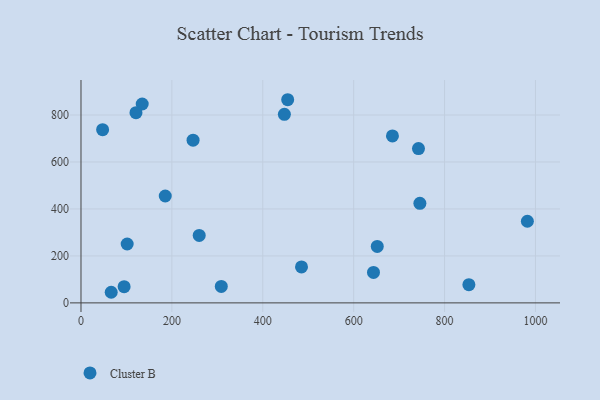
{"axis": {"x": "Ad Spend", "y": "Profit"}, "legend": ["Cluster B"], "data": [{"x": "742.6", "y": 656.9, "type": "Cluster B"}, {"x": "66.5", "y": 45.2, "type": "Cluster B"}, {"x": "853.5", "y": 77.4, "type": "Cluster B"}, {"x": "745.7", "y": 424.0, "type": "Cluster B"}, {"x": "185.4", "y": 455.1, "type": "Cluster B"}, {"x": "982.2", "y": 347.7, "type": "Cluster B"}, {"x": "685.3", "y": 711.0, "type": "Cluster B"}, {"x": "246.6", "y": 692.8, "type": "Cluster B"}, {"x": "47.6", "y": 737.7, "type": "Cluster B"}, {"x": "134.7", "y": 846.8, "type": "Cluster B"}, {"x": "94.9", "y": 69.1, "type": "Cluster B"}, {"x": "651.9", "y": 240.6, "type": "Cluster B"}, {"x": "447.5", "y": 803.0, "type": "Cluster B"}, {"x": "260.1", "y": 287.3, "type": "Cluster B"}, {"x": "121.0", "y": 809.8, "type": "Cluster B"}, {"x": "485.2", "y": 153.3, "type": "Cluster B"}, {"x": "101.6", "y": 250.7, "type": "Cluster B"}, {"x": "454.8", "y": 865.1, "type": "Cluster B"}, {"x": "308.7", "y": 70.3, "type": "Cluster B"}, {"x": "643.6", "y": 129.8, "type": "Cluster B"}]}